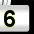
Digit: 6